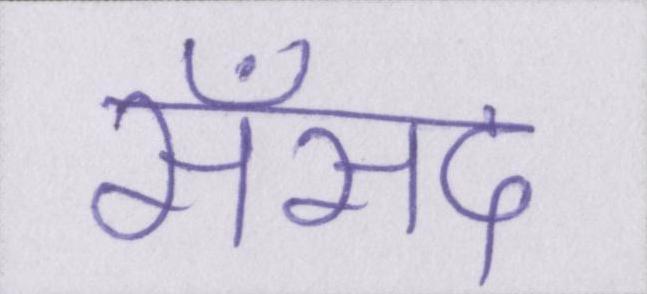
सँसद